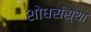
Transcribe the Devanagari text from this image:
शोधसंस्था